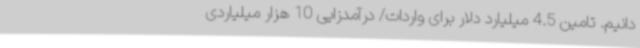
دانیم. تامین 4.5 میلیارد دلار برای واردات/ درآمدزایی 10 هزار میلیاردی